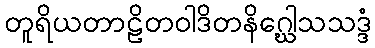
တူရိယတာဠိတဝါဒိတနိဂ္ဃေါသသဒ္ဒံ